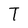
Character: T